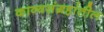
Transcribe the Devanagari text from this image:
काव्यसंग्रहांतील